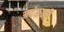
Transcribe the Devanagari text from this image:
अदंरूनी